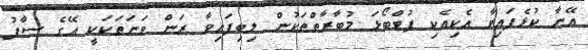
އޭނާ ކުޅެފައިވާ އެކިއެކި ފުޓްބޯޅަ މުބާރާތްތަކުން ލިބިފައިވާ ރަން ވަނަތަކަކީ އޭގެ ސާފު